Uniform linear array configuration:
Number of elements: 16
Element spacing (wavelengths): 0.75
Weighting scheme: uniform
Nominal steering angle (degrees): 45
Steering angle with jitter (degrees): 46.87
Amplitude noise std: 0.05
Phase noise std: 0.05

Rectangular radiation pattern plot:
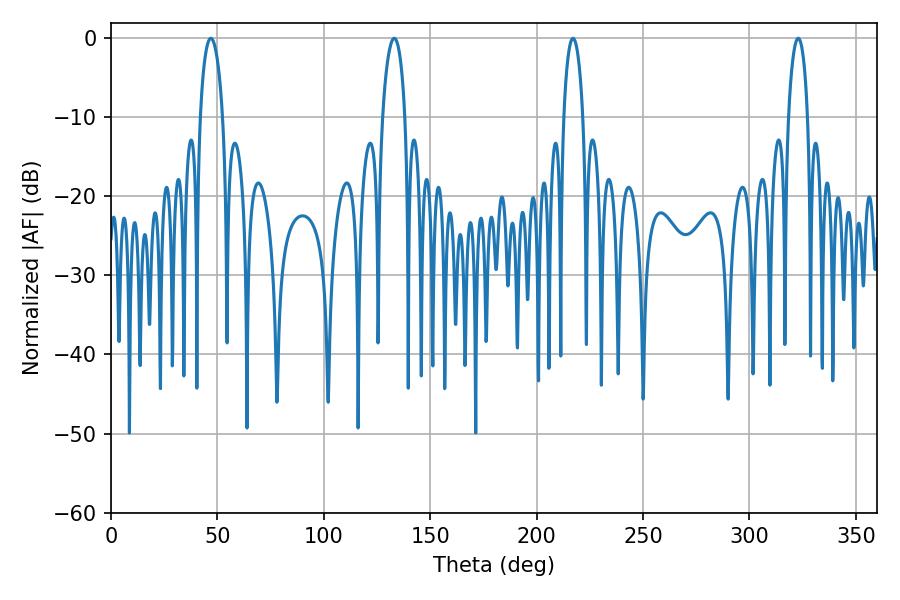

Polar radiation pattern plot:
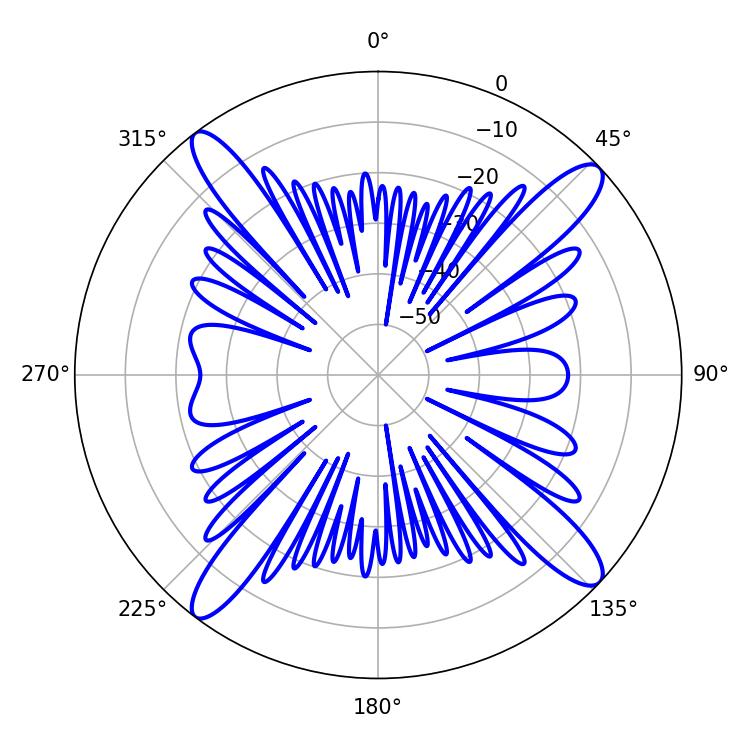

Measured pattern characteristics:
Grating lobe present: TRUE
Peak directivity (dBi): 16.093
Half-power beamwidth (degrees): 5.22
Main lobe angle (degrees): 217.08